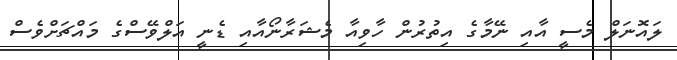
ލައޮނަލް މެސީ އާއި ނޭމާގެ އިތުރުން ހާވިއާ މެޝަރާނޯއާއި ޑެނީ އަލްވޭސްގެ މައްޗަށްވެސް